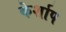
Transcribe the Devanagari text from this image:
केर्शाप